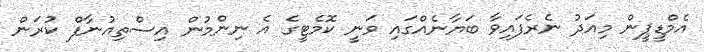
އެމްޑީޕީން މިއަދު ނެރެފައިވާ ބަޔާނެއްގައި ވަނީ ކޮމެޓީގެ އެ ނިންމުން އިސްތިއުނާފް ކުރަން